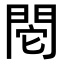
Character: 𨳷